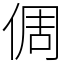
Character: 倜